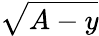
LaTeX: \sqrt{A-y}